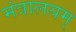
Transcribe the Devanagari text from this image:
मंत्रालयम्